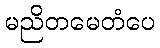
မညိတမေတံပေ